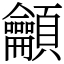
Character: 龥